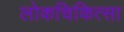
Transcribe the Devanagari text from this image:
लोकचिकित्सा